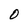
Character: O